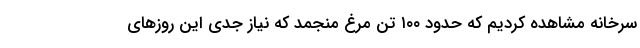
سرخانه مشاهده کردیم که حدود ۱۰۰ تن مرغ منجمد که نیاز جدی این روز‌های